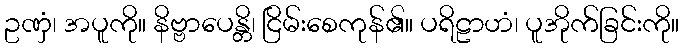
ဥဏှံ၊ အပူကို။ နိဗ္ဗာပေန္တိ၊ ငြိမ်းစေကုန်၏။ ပရိဠာဟံ၊ ပူအိုက်ခြင်းကို။